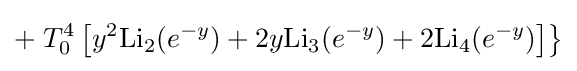
+\left.T_{0}^{4}\left[y^{2}\mathrm {Li} _{2}(e^{-y})+2y\mathrm {Li} _{3}(e^{-y})+2\mathrm {Li} _{4}(e^{-y})\right]\right\}